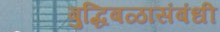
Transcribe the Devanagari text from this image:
बुद्धिबळासंबंधी